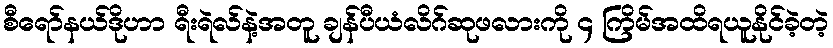
စီရော်နယ်ဒိုဟာ ရီးရဲလ်နဲ့အတူ ချန်ပီယံလိဂ်ဆုဖလားကို ၄ ကြိမ်အထိရယူနိုင်ခဲ့တဲ့